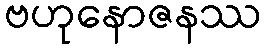
ဗဟုနောဇနဿ